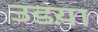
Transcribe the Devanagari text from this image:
उडय़ा